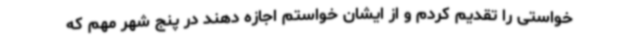
خواستی را تقدیم کردم و از ایشان خواستم اجازه دهند در پنج شهر مهم که